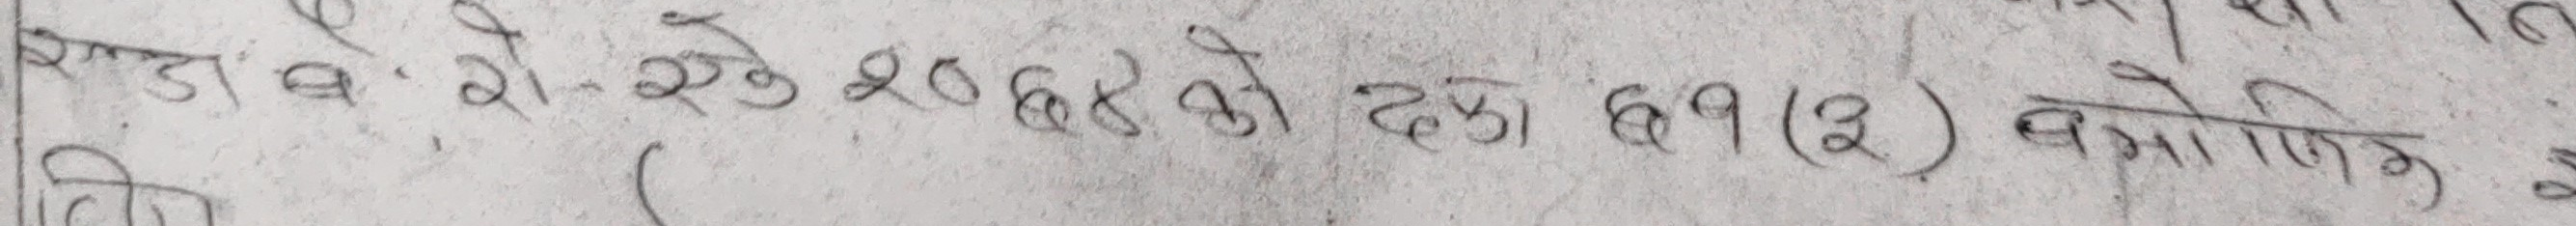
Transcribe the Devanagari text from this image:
डाव. रो-एके २०६४ को दफा ६१(२) बमोजिम